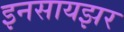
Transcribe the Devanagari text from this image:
इनसायझर